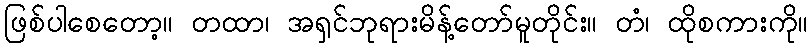
ဖြစ်ပါစေတော့။ တထာ၊ အရှင်ဘုရားမိန့်တော်မူတိုင်း။ တံ၊ ထိုစကားကို။